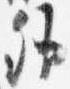
卿